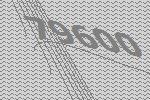
79600